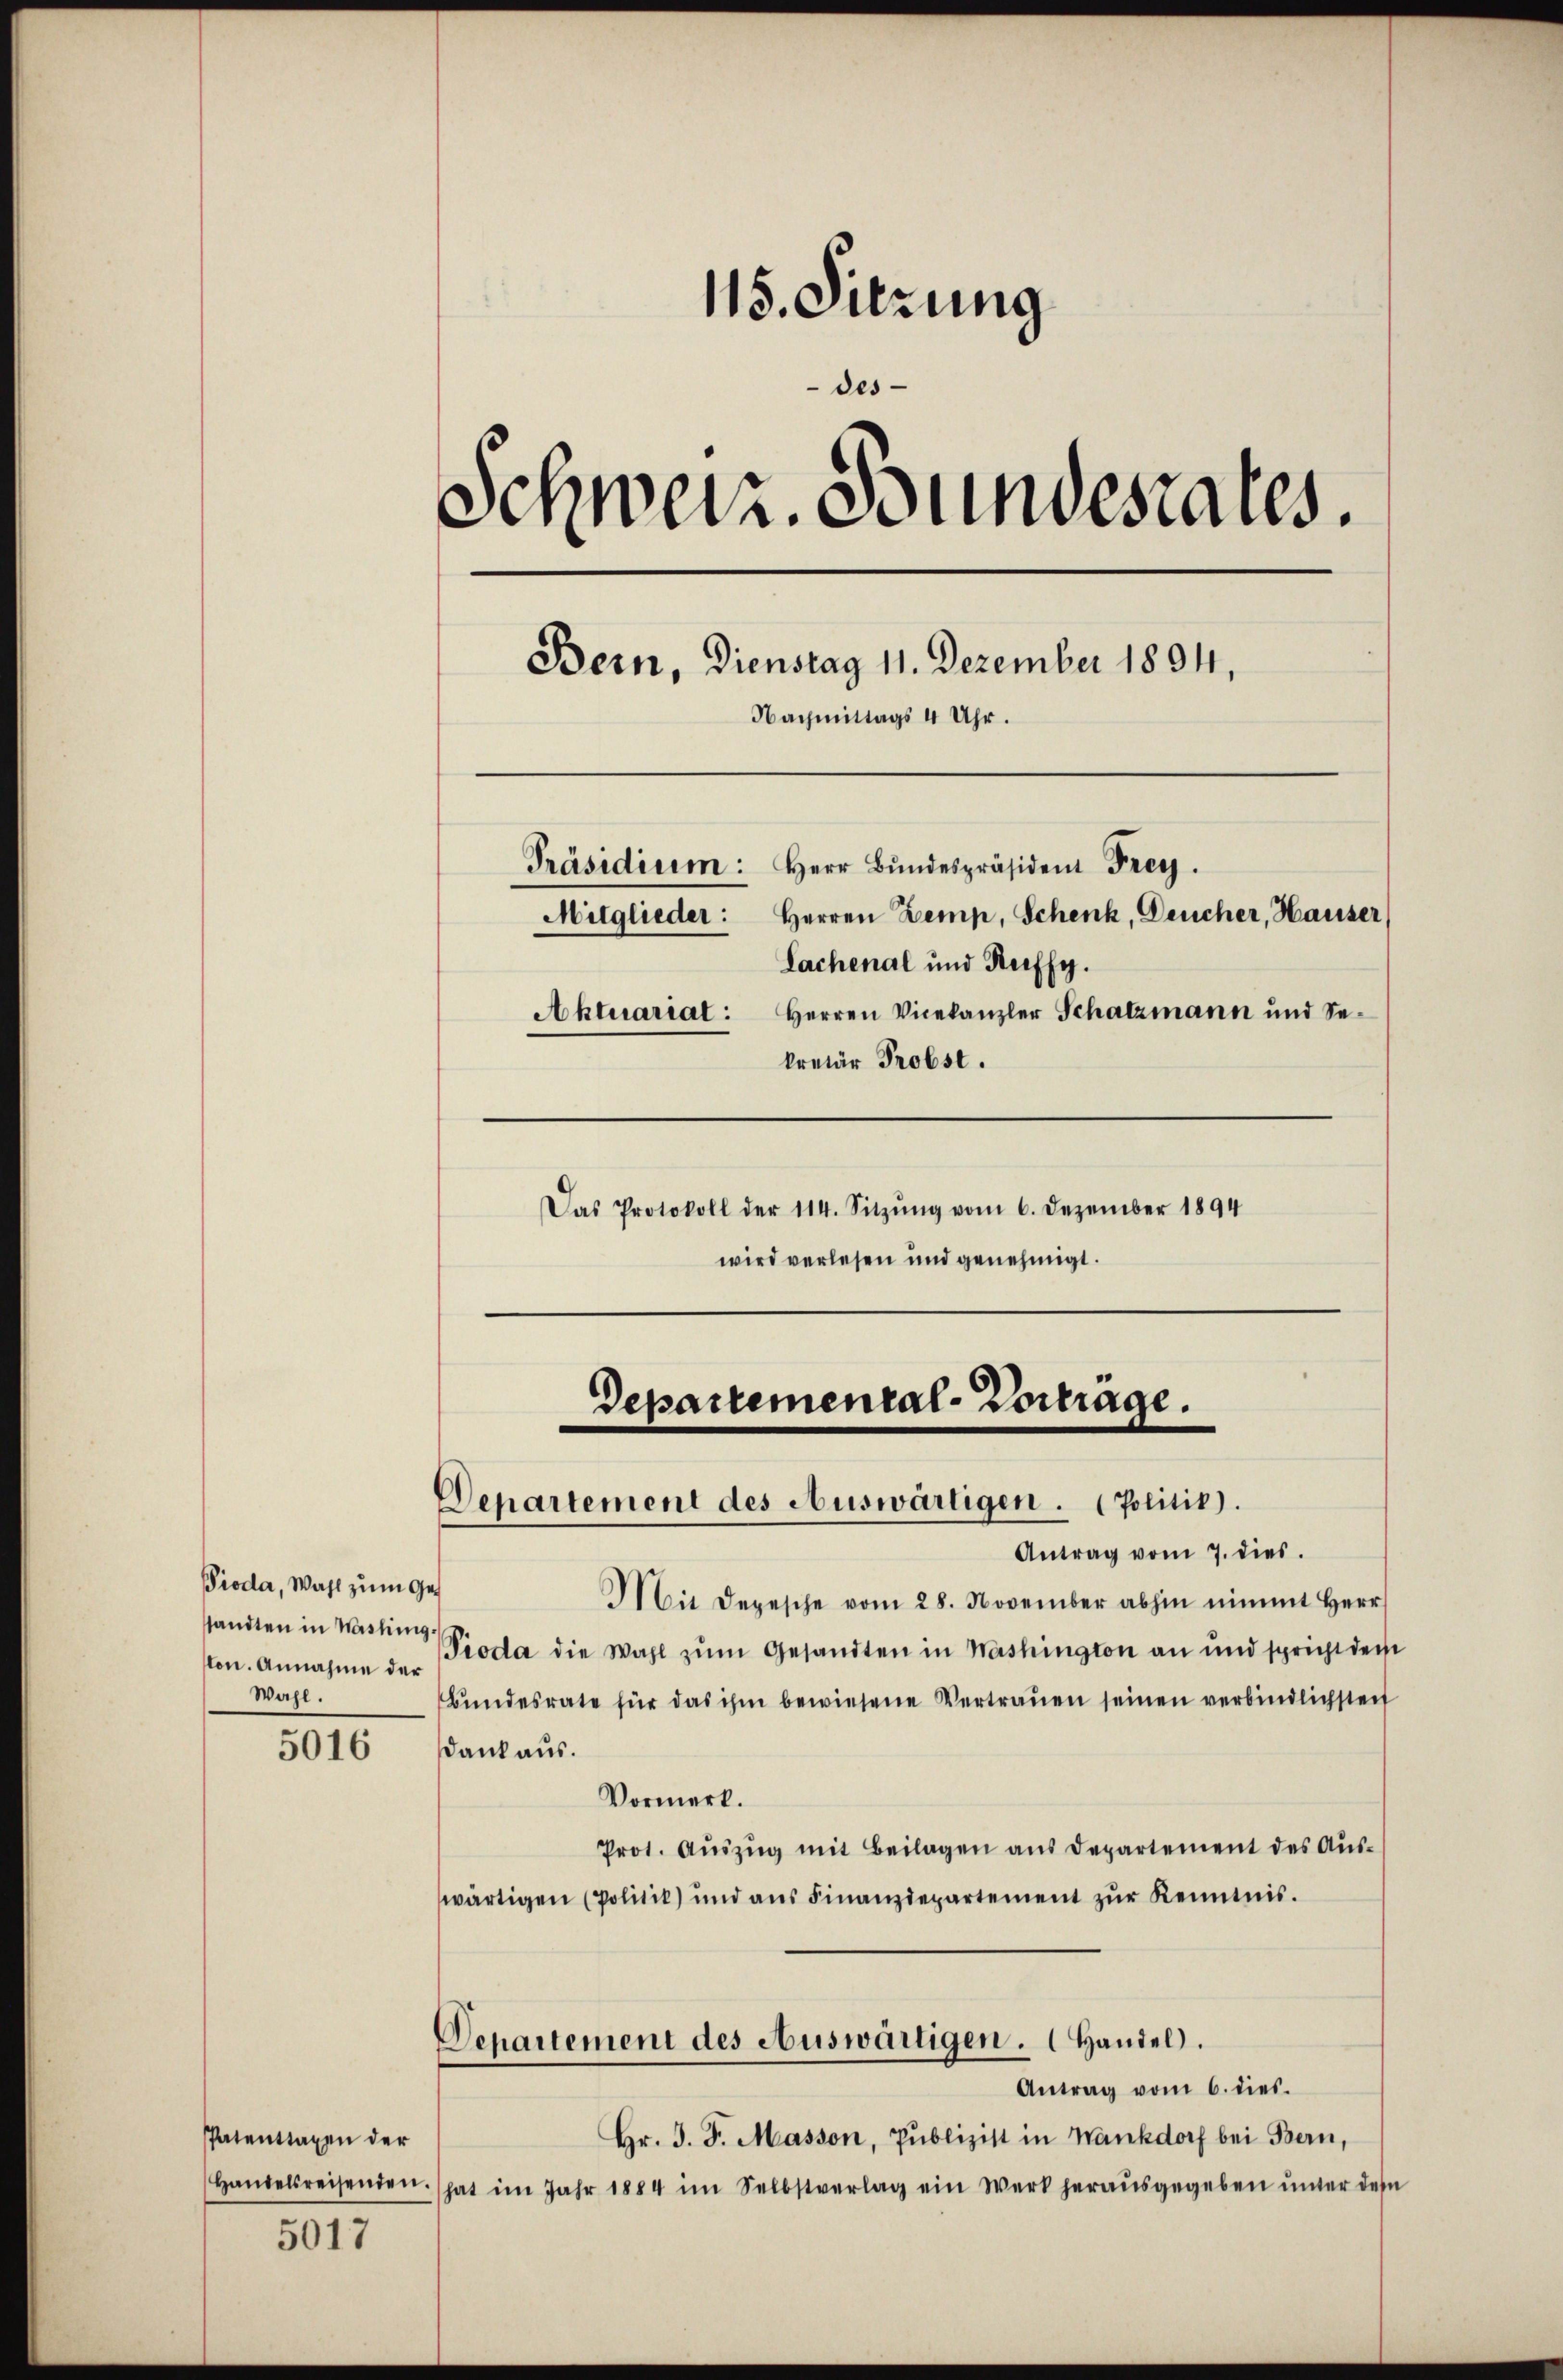
Pioda, Wahl zum Ge
sandten in Washing
ton. Annahme der
Wahl.

5016

Patenttaxen der
Handelsreisenden.

5017

115. Sitzung
des
Schweiz. Bundesrates.
Bern, Dienstag 11. Dezember 1894,
Nachmittags 4 Uhr.
Präsidium: Herr Bŭndespräsident Frey.
Mitglieder: Herren Zemp, Schenk, Deucher, Hauser
Sachenal und Reiffy.
Aktuariat: Herren Vicekanzler Schatzmann und Se-
kretär Probst.
Das Protokoll der 114. Sitzŭng vom 6. Dezember 1894
wird verlesen und genehmigt.

Departemental-Vortrage.
Departement des Auswärtigen. (Politik).

Antrag vom 7. dies
Mit Depesche vom 28. November abhin nimmt Herr
Pioda die Wahl zŭm Gesandten in Washington an und spricht der
bŭndesrate für das ihm bewiesene Vertrauen seinen verbindlichstei
Dank aus.
Vormerk.
Prot. Aŭszŭg mit Beilagen aus Departement des Auswärtigen (Politik) und ans Finanzdepartement zŭr Kenntnis.
Departement des Auswärtigen. Handel.
Antrag vom 6. dies.
Hr. J. J. Masson, Publizist in Wankdorf bei Bern,
hat im Jahr 1884 im Selbstverlag ein Werk herausgegeben unter dem